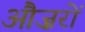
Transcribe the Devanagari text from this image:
औज़रों